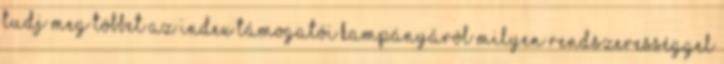
Tudj meg többet az Index támogatói kampányáról Milyen rendszerességgel